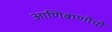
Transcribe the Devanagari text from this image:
आणिबाणीची